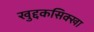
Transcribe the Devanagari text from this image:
खुद्दकसिक्खा